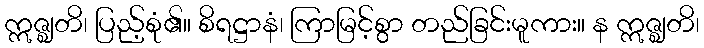
ဣဇ္ဈတိ၊ ပြည့်စုံ၏။ စိရဋ္ဌာနံ၊ ကြာမြင့်စွာ တည်ခြင်းမူကား။ န ဣဇ္ဈတိ၊